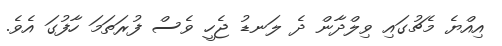
އިއްޔެ މެޗުގައި ވިލްދާން ދެ ލަނޑު ޖެހީ ވެސް ފުރަތަމަ ހާފުގަ އެވެ.